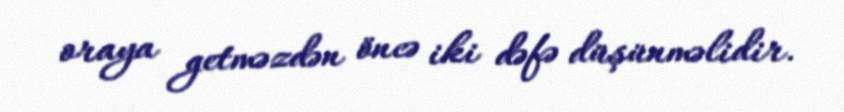
oraya getməzdən öncə iki dəfə düşünməlidir.